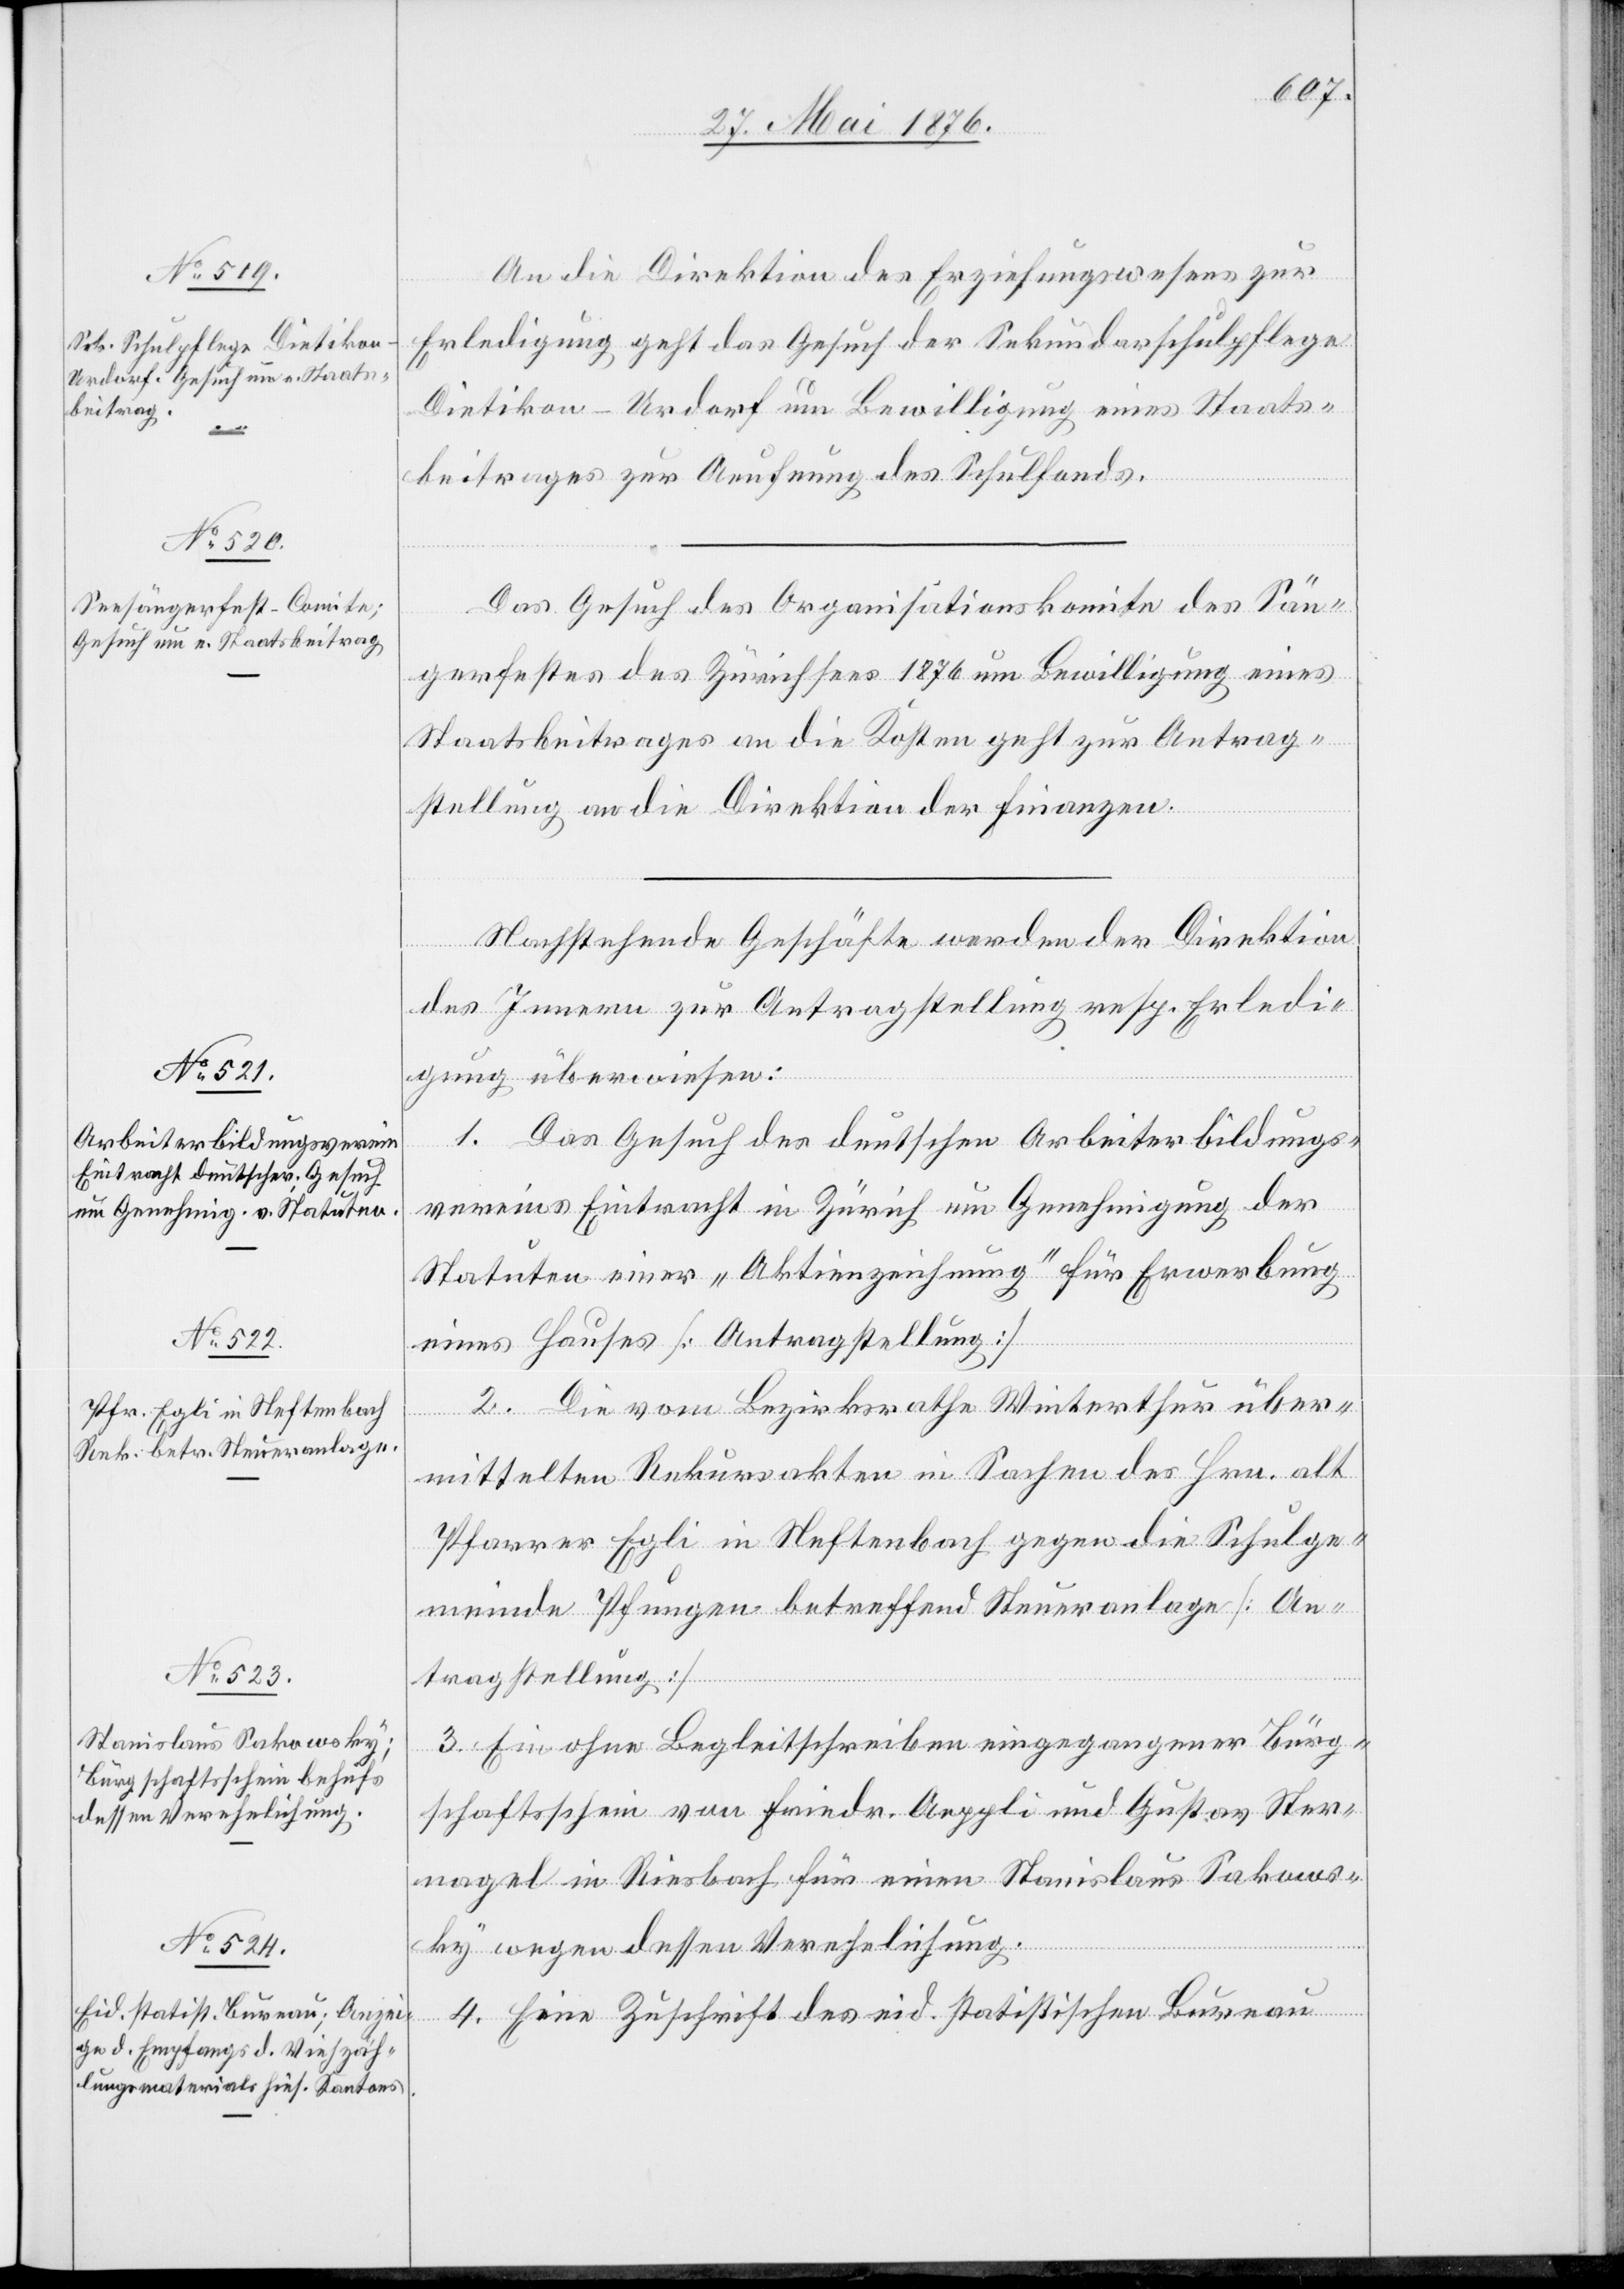
29. Mai 1876.]
An die Direktion des Erziehungswesens zur
Erledigung geht das Gesuch der Sekundarschulpflege
Dietikon - Urdorf um Bewilligung eines Staats¬
beitrages zur Aeufnung des Schulfonds.
Das Gesuch des Organisationskomite des Sän¬
gerfestes des Zürichsees 1876 um Bewilligung eines
Staatsbeitrages an die Kosten geht zur Antrag¬
stellung an die Direktion der Finanzen.
Nachstehende Geschäfte werden der Direktion
des Innern zur Antragstellung resp. Erledi¬
gung überwiesen:
1. Das Gesuch des deutschen Arbeiterbildungs¬
vereins Eintracht in Zürich um Genehmigung der
Statuten einer „Aktienzeichnung“ für Erwerbung
eines Hauses [Antragstellung][.]
2. Die vom Bezirksrathe Winterthur über¬
mittelten Rekursakten in Sachen des Hrn. alt
Pfarrer Egli in Neftenbach gegen die Schulge¬
meinde Pfungen betreffend Steueranlage [An¬
tragstellung][.]
3. Ein ohne Begleitschreiben eingegangener Bürg¬
schaftsschein von Friedr. Aeppli und Gustav Ster¬
nagel in Riesbach für einen Stanislaus Sakows¬
ky wegen dessen Verehelichung.
4. Eine Zuschrift des eid. statistischen Bureau